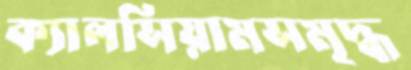
ক্যালসিয়ামসমৃদ্ধ